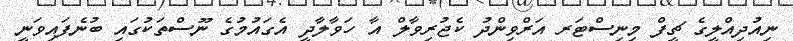
ނިއުދިއްލީގެ ޗީފް މިނިސްޓަރ އަރްވިންދު ކެޖުރިވާލް އާ ހަވާލާދީ އެގައުމުގެ ނޫސްތަކުގައި ބުނެފައިވަނީ